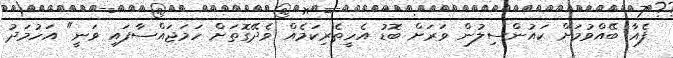
ފެއާ ބޭއްވުމަށް ކައުންސިލުން ވަރަށް ބޮޑު އެހީތެރިކަމެއް ވެދޭގޮތަށް ހަމަޖައްސާފައި ވަނީ" އަހުމަދު